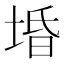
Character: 𱗃